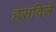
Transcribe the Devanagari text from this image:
हसविले